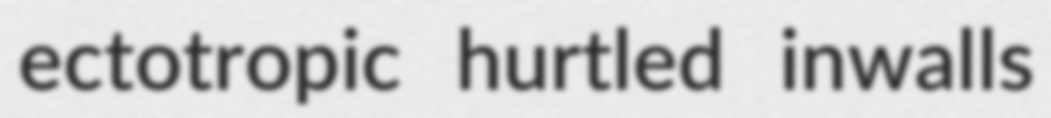
ectotropic hurtled inwalls